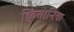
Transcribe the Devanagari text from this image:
क्विंतानिया